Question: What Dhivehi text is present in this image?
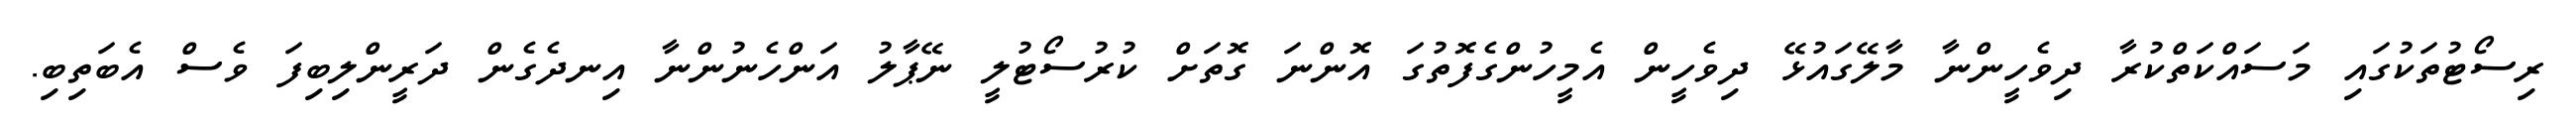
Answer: ރިސޯޓުތަކުގައި މަސައްކަތްކުރާ ދިވެހީންނާ މާލޭގައުޅޭ ދިވެހީން އެމީހުންގެފޮތުގަ އޮންނަ ގޮތަށް ކުރުސޯޓުލީ ނޭޕާލު އަންހެނުންނާ އިނދެގެން ދަރީންލިބިފަ ވެސް އެބަތިބި.